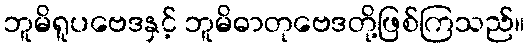
ဘူမိရူပဗေဒနှင့် ဘူမိဓာတုဗေဒတို့ဖြစ်ကြသည်။